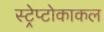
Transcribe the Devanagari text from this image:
स्ट्रेप्टोकाकल